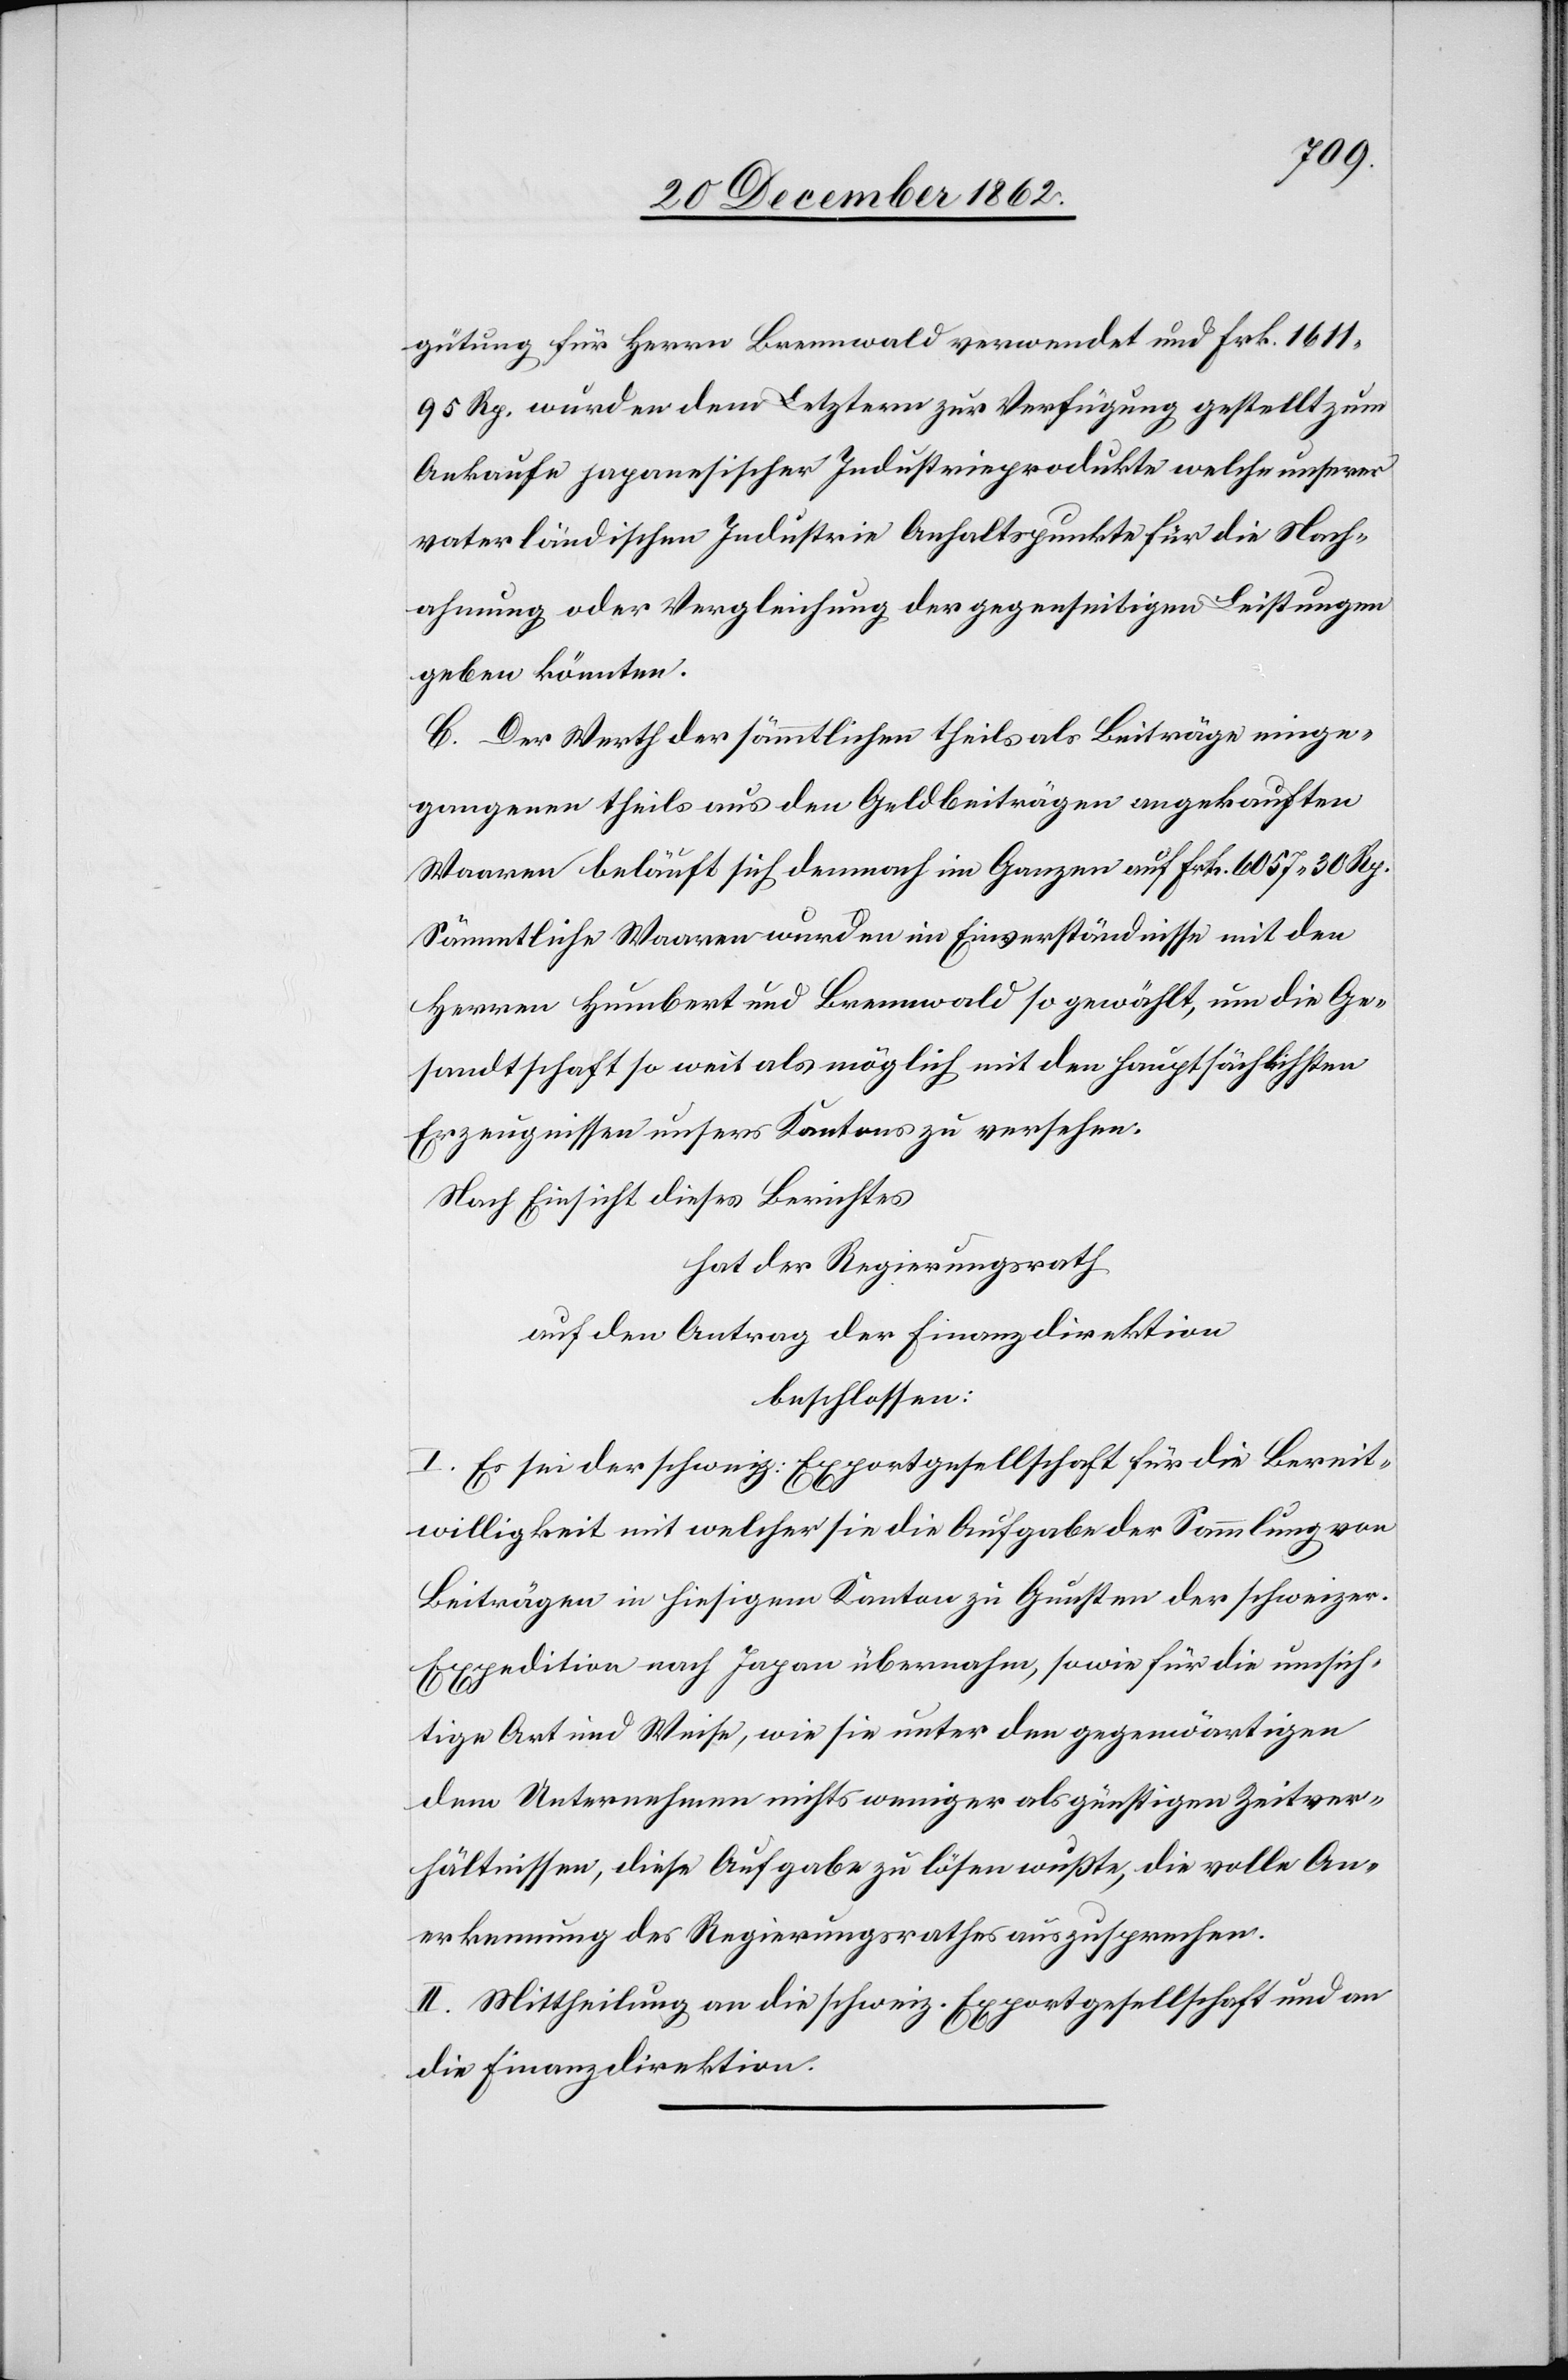
gütung für Herrn Bremwald verwendet und Frk. 1611
95 Rp. würden dem Letztern zur Verfügung gestellt zum
Ankaufe japanesischer Industrieprodukte welche unserer
vaterländischen Industrie Anhaltspunkte für die Nach¬
ahmung oder Vergleichung der gegenseitigen Leistungen
geben könnten.
C. Der Werth der sämmtlichen theils als Beiträge einge¬
gangenen theils aus den Geldbeiträgen angekauften
Waaren beläuft sich demnach im Ganzen auf Frk. 6057 30 Rp.
Sämmtliche Waaren wurden im Einverständnisse mit den
Herren Humbert und Bremwald so gewählt, um die Ge¬
sandtschaft so weit als möglich mit den hauptsächlichsten
Erzeugnissen unsers Kantons zu versehen.
Nach Einsicht dieses Berichtes
hat der Regierungsrath
auf den Antrag der Finanzdirektion
beschlossen:
I. Es sei der schweiz. Exportgesellschaft für die Bereit¬
willigkeit mit welcher sie die Aufgabe der Sammlung von
Beiträgen in hiesigem Kanton zu Gunsten der schweizer
Expedition nach Japan übernahm, sowie für die umsich¬
tige Art und Weise, wie sie unter den gegenwärtigen
dem Unternehmen nichts weniger als günstigen Zeitver¬
hältnissen, diese Aufgabe zu lösen wußte, die volle An¬
erkennung des Regierungsrathes auszusprechen.
II. Mittheilung an die schweiz. Exportgesellschaft und an
die Finanzdirektion.